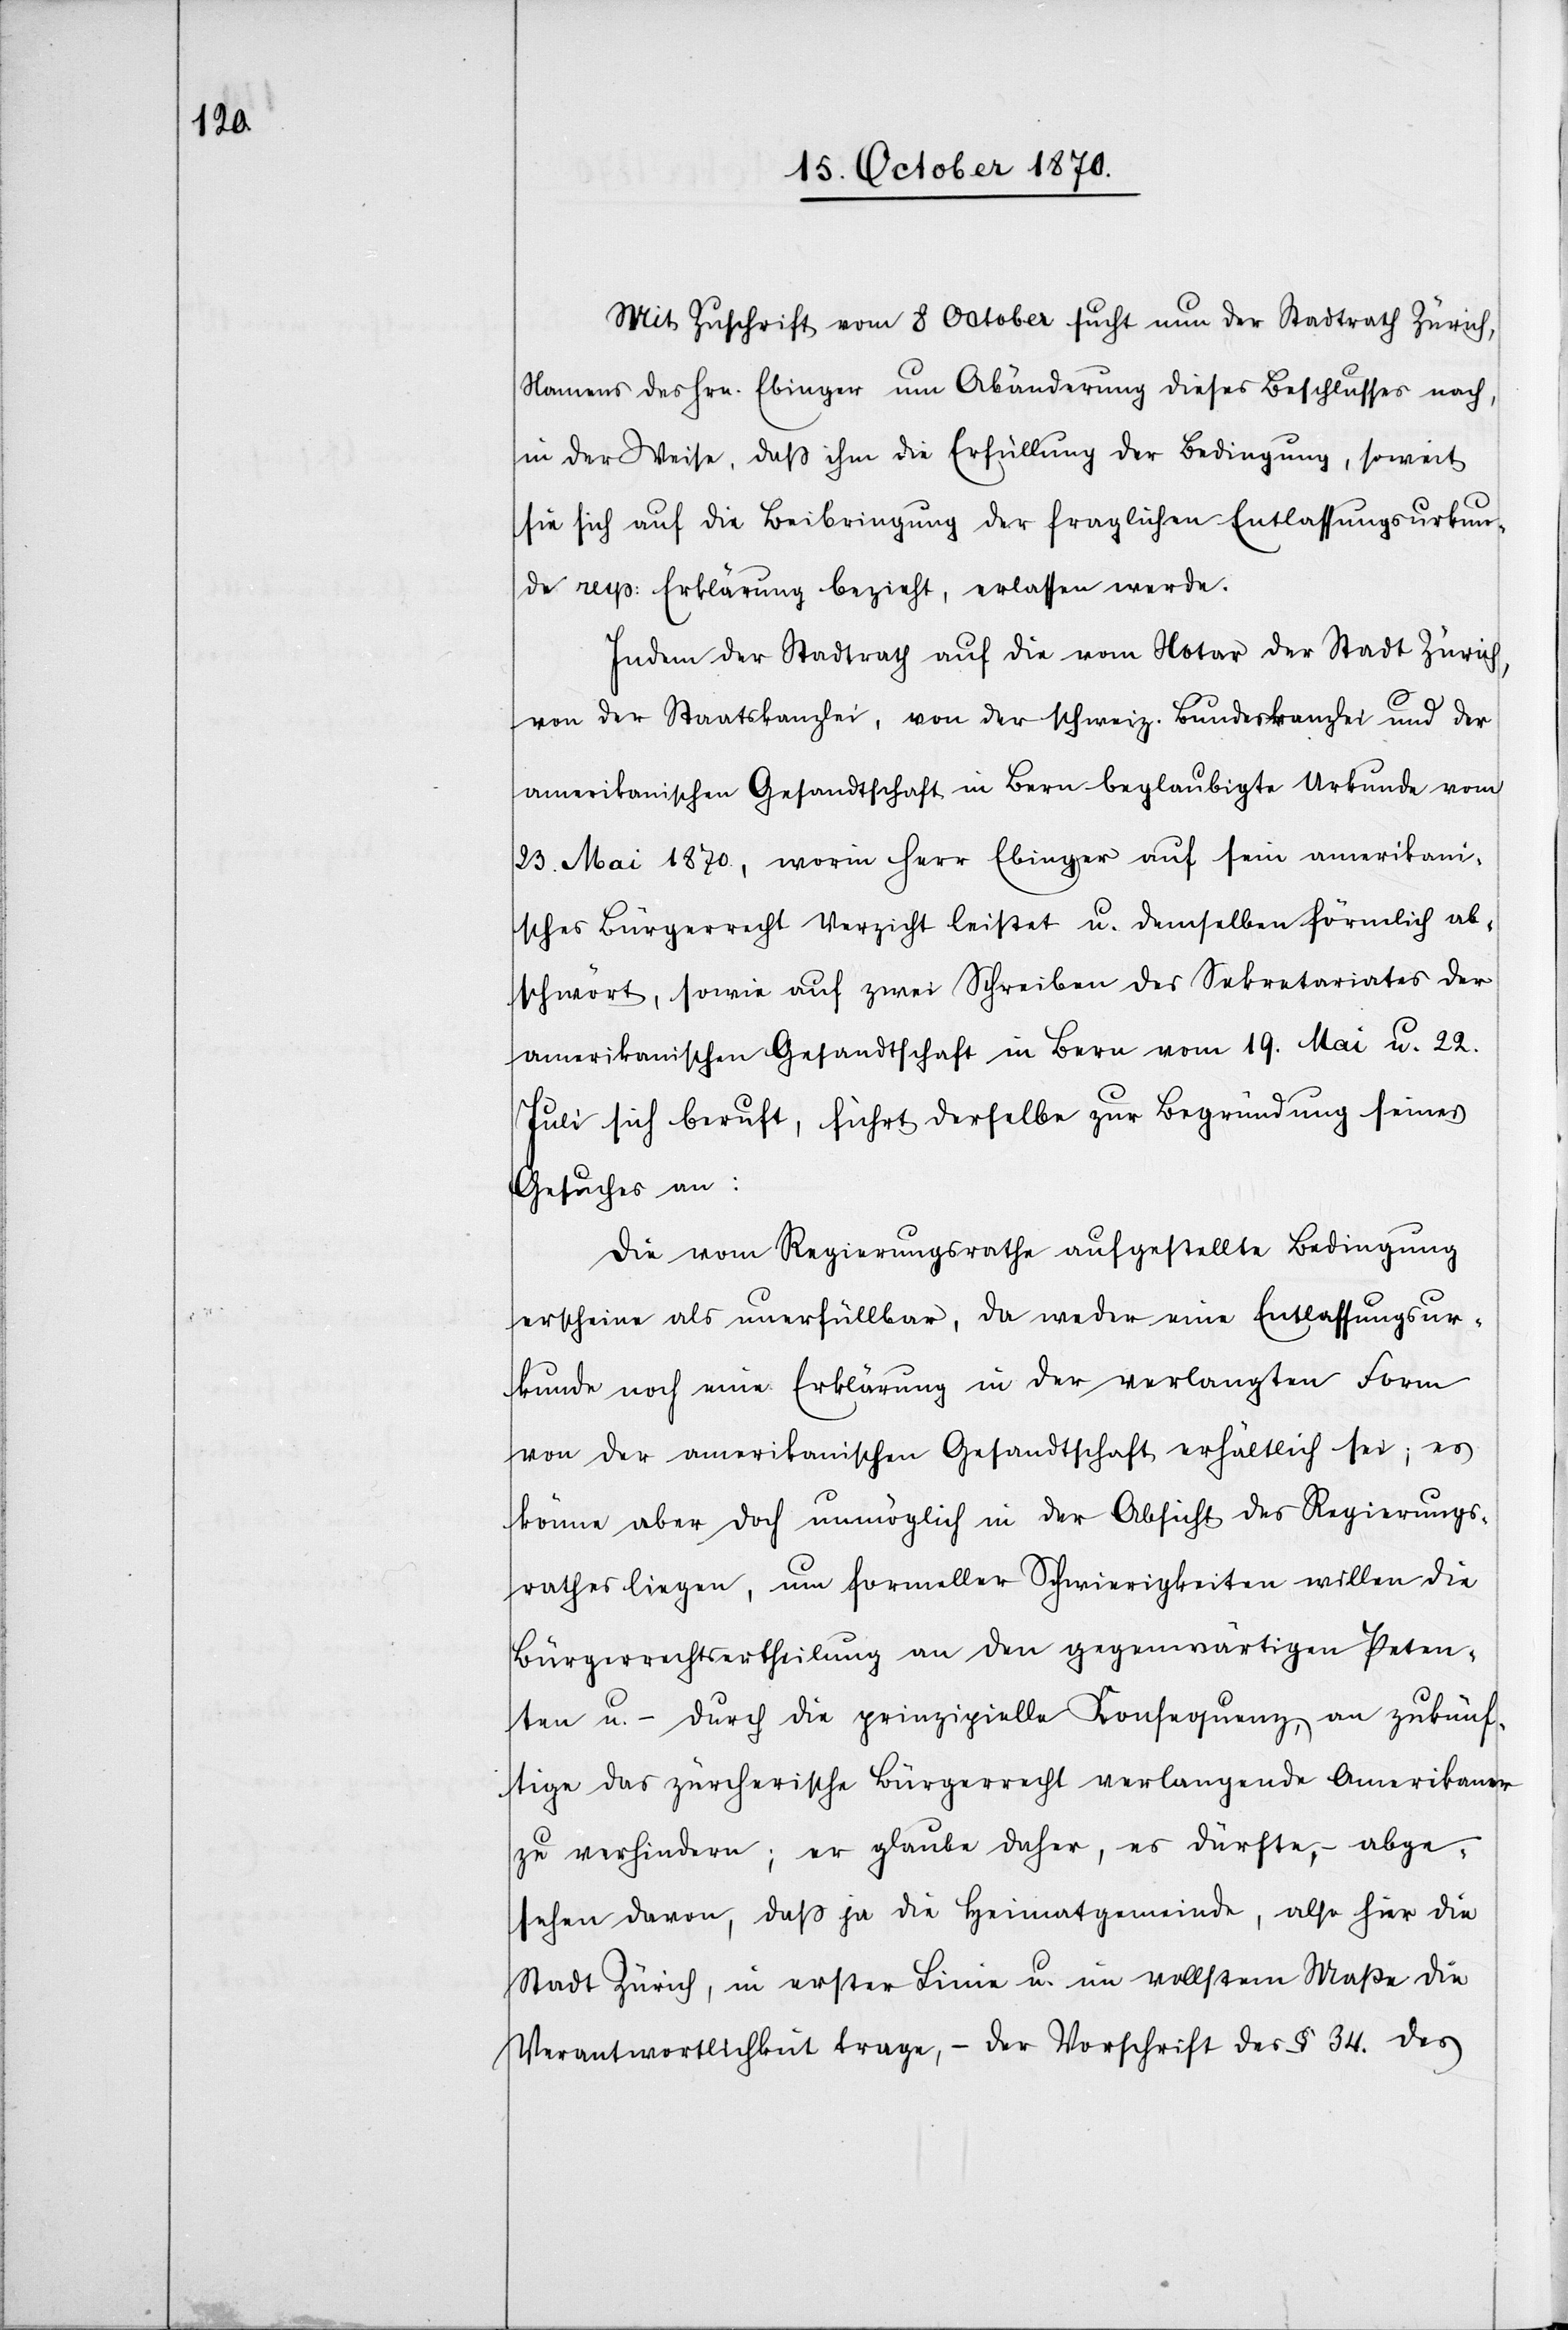
Mit Zuschrift vom 8 October sucht nun der Stadtrath Zürich,
Namens des Hrn. Ebinger um Abänderung dieses Beschlusses nach,
in der Weise, daß ihm die Erfüllung der Bedingung, soweit
sie sich auf die Beibringung der fraglichen Entlassungsurkun¬
de resp: Erklärung bezieht, erlassen werde.
Indem der Stadtrath auf die vom Notar der Stadt Zürich
von der Staatskanzlei, von der schweiz. Bundeskanzlei und der
amerikanischen Gesandtschaft in Bern beglaubigte Urkunde vom
23. Mai 1870, worin Herr Ebinger auf sein amerikani¬
sches Bürgerrecht Verzicht leistet u. demselben förmlich ab¬
schwört, sowie auf zwei Schreiben des Sekretariates der
amerikanischen Gesandtschaft in Bern vom 19. Mai u. 22.
Juli sich beruft, führt derselbe zur Begründung seines
Gesuches an:
Die vom Regierungsrathe aufgestellte Bedingung
erscheine als unerfüllbar, da weder eine Entlassungsur¬
kunde noch eine Erklärung in der verlangten Form
von der amerikanischen Gesandtschaft erhältlich sei; es
könne aber doch unmöglich in der Absicht des Regierungs¬
rathes liegen, um formeller Schwierigkeiten willen die
Bürgerrechtsertheilung an den gegenwärtigen Peten¬
ten u. – durch die prinzipielle Konsequenz, an zukünf¬
tige das zürcherische Bürgerrecht verlangende Amerikaner
zu verhindern; er glaube daher es dürfte, – abge¬
sehen davon, daß ja die Heimatgemeinde, also für die
Stadt Zürich, in erster Linie u. im vollsten Maße die
Verantwortlichkeit trage, – der Vorschrift des § 34 des